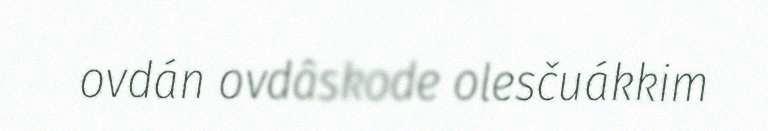
ovdán ovdâskode olesčuákkim